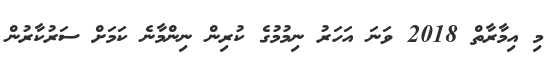
މި އިމާރާތް 2018 ވަނަ އަހަރު ނިމުމުގެ ކުރިން ނިންމާނެ ކަމަށް ސަރުކާރުން